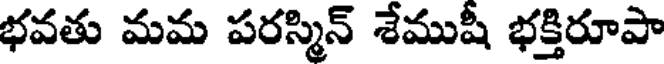
భవతు మమ పరస్మిన్ శేముషీ భక్తిరూపా